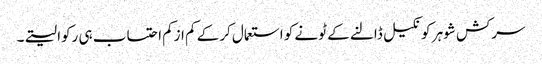
سرکش شوہر کو نکیل ڈالنے کے ٹونے کو استعمال کرکے کم ازکم احتساب ہی رکوا لیتے۔